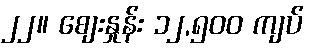
၂၂။ စျေးနှုန်း ၁၂,၅၀၀ ကျပ်